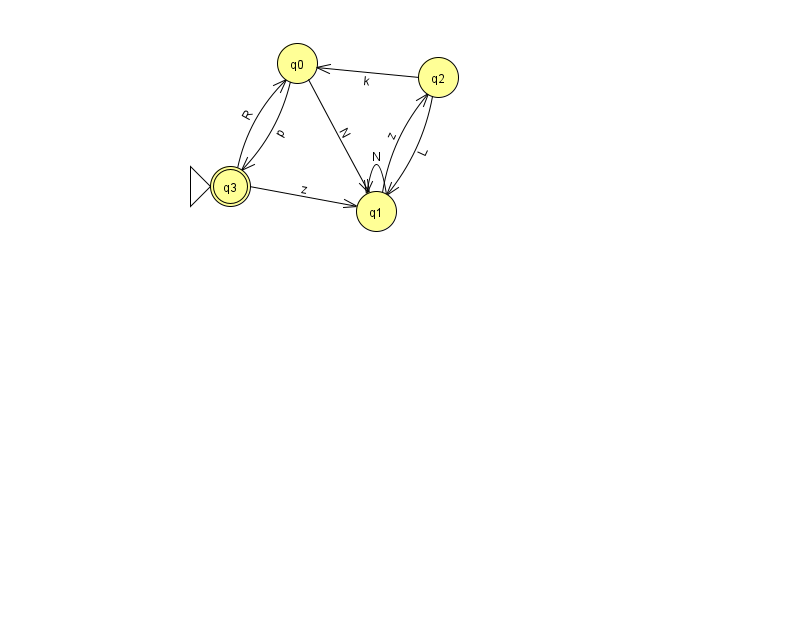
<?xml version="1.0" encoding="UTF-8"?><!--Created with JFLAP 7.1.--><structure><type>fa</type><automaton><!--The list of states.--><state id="0" name="q0"><x>297.0</x><y>50.0</y></state><state id="1" name="q1"><x>376.0</x><y>198.0</y></state><state id="2" name="q2"><x>438.0</x><y>64.0</y></state><state id="3" name="q3"><x>230.0</x><y>173.0</y><initial/><final/></state><!--The list of transitions.--><transition><from>0</from><to>3</to><read>p</read></transition><transition><from>1</from><to>2</to><read>z</read></transition><transition><from>3</from><to>0</to><read>R</read></transition><transition><from>2</from><to>0</to><read>k</read></transition><transition><from>2</from><to>1</to><read>L</read></transition><transition><from>0</from><to>1</to><read>N</read></transition><transition><from>3</from><to>1</to><read>z</read></transition><transition><from>1</from><to>1</to><read>N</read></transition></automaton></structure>